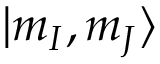
| m _ { I } , m _ { J } \rangle